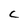
Character: C